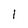
Character: 1